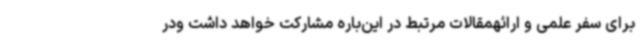
برای سفر علمی و ارائهمقالات مرتبط در این‌باره مشارکت خواهد داشت ودر